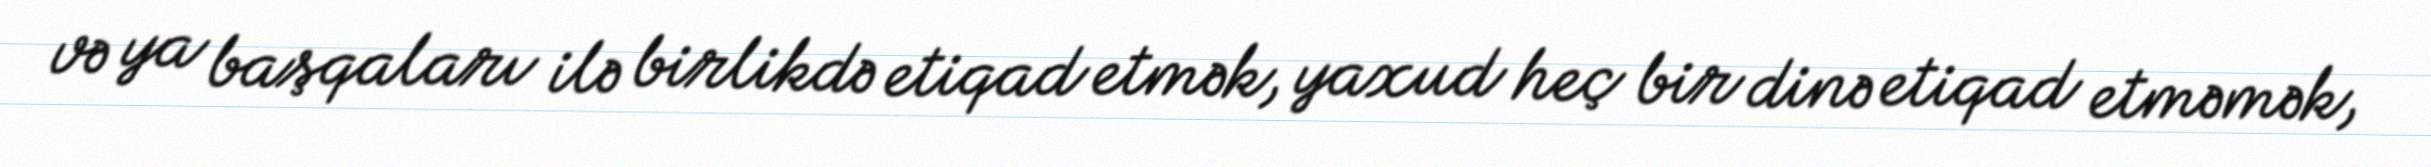
və ya başqaları ilə birlikdə etiqad etmək, yaxud heç bir dinə etiqad etməmək,